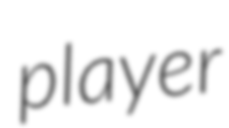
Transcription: player